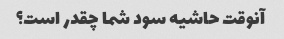
آنوقت حاشیه سود شما چقدر است؟